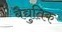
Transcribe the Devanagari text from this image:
बैद्युतिक